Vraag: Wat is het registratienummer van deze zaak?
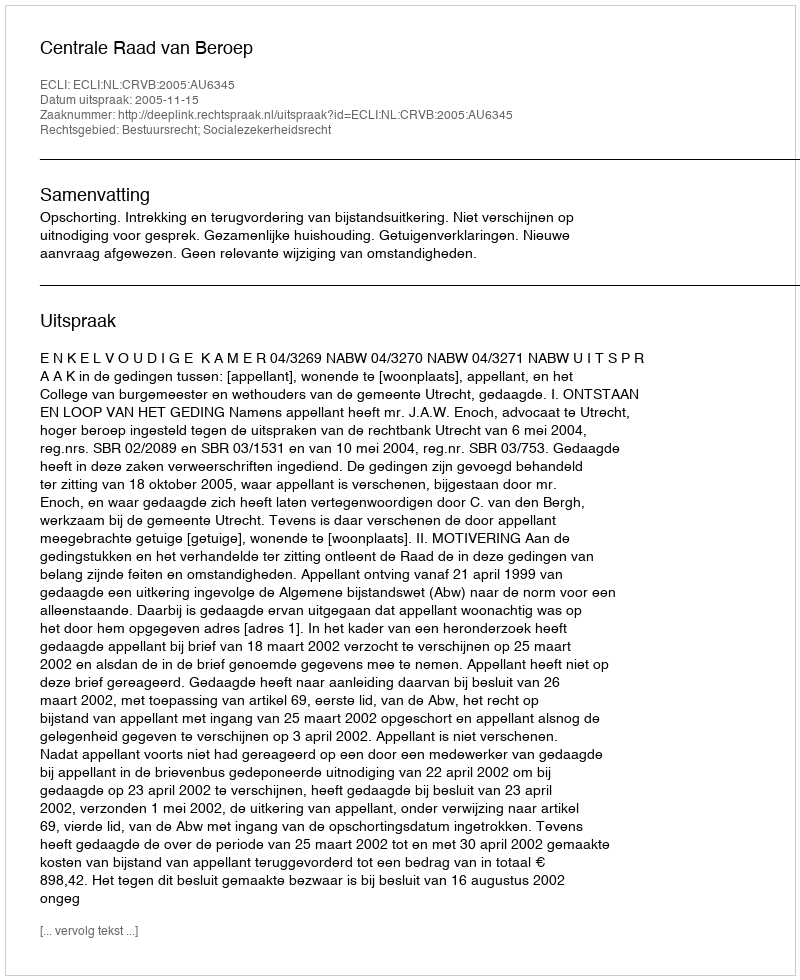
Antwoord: http://deeplink.rechtspraak.nl/uitspraak?id=ECLI:NL:CRVB:2005:AU6345